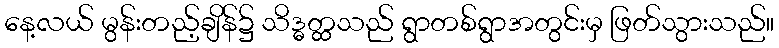
နေ့လယ် မွန်းတည့်ချိန်၌ သိဒ္ဓတ္ထသည် ရွာတစ်ရွာအတွင်းမှ ဖြတ်သွားသည်။